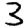
Digit: 3